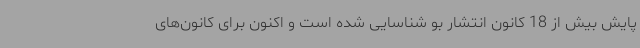
پایش بیش از 18 کانون انتشار بو شناسایی شده است و اکنون برای کانون‌های